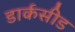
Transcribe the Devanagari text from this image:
डार्कसीड